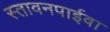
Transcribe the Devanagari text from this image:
स्तावनपाईवा